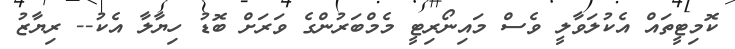
ކޮމިޓީތައް އެކުލަވާލީ ވެސް މައިނޯރިޓީ މެމްބަރުންގެ ވަރަށް ބޮޑު ހިޔާލާ އެކު-- ރިޔާޒު